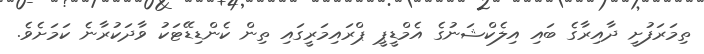
ތިމަރަފުށީ ދާއިރާގެ ބައި އިލެކްޝަނުގެ އެމްޑީޕީ ޕްރައިމަރީގައި ތިން ކެންޑިޑޭޓަކު ވާދަކުރާނެ ކަމަށެވެ.